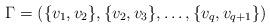
LaTeX: \begin{align*}\Gamma = (\{v_1,v_2\},\{v_2,v_3\},\ldots,\{v_{q},v_{q+1}\})\end{align*}